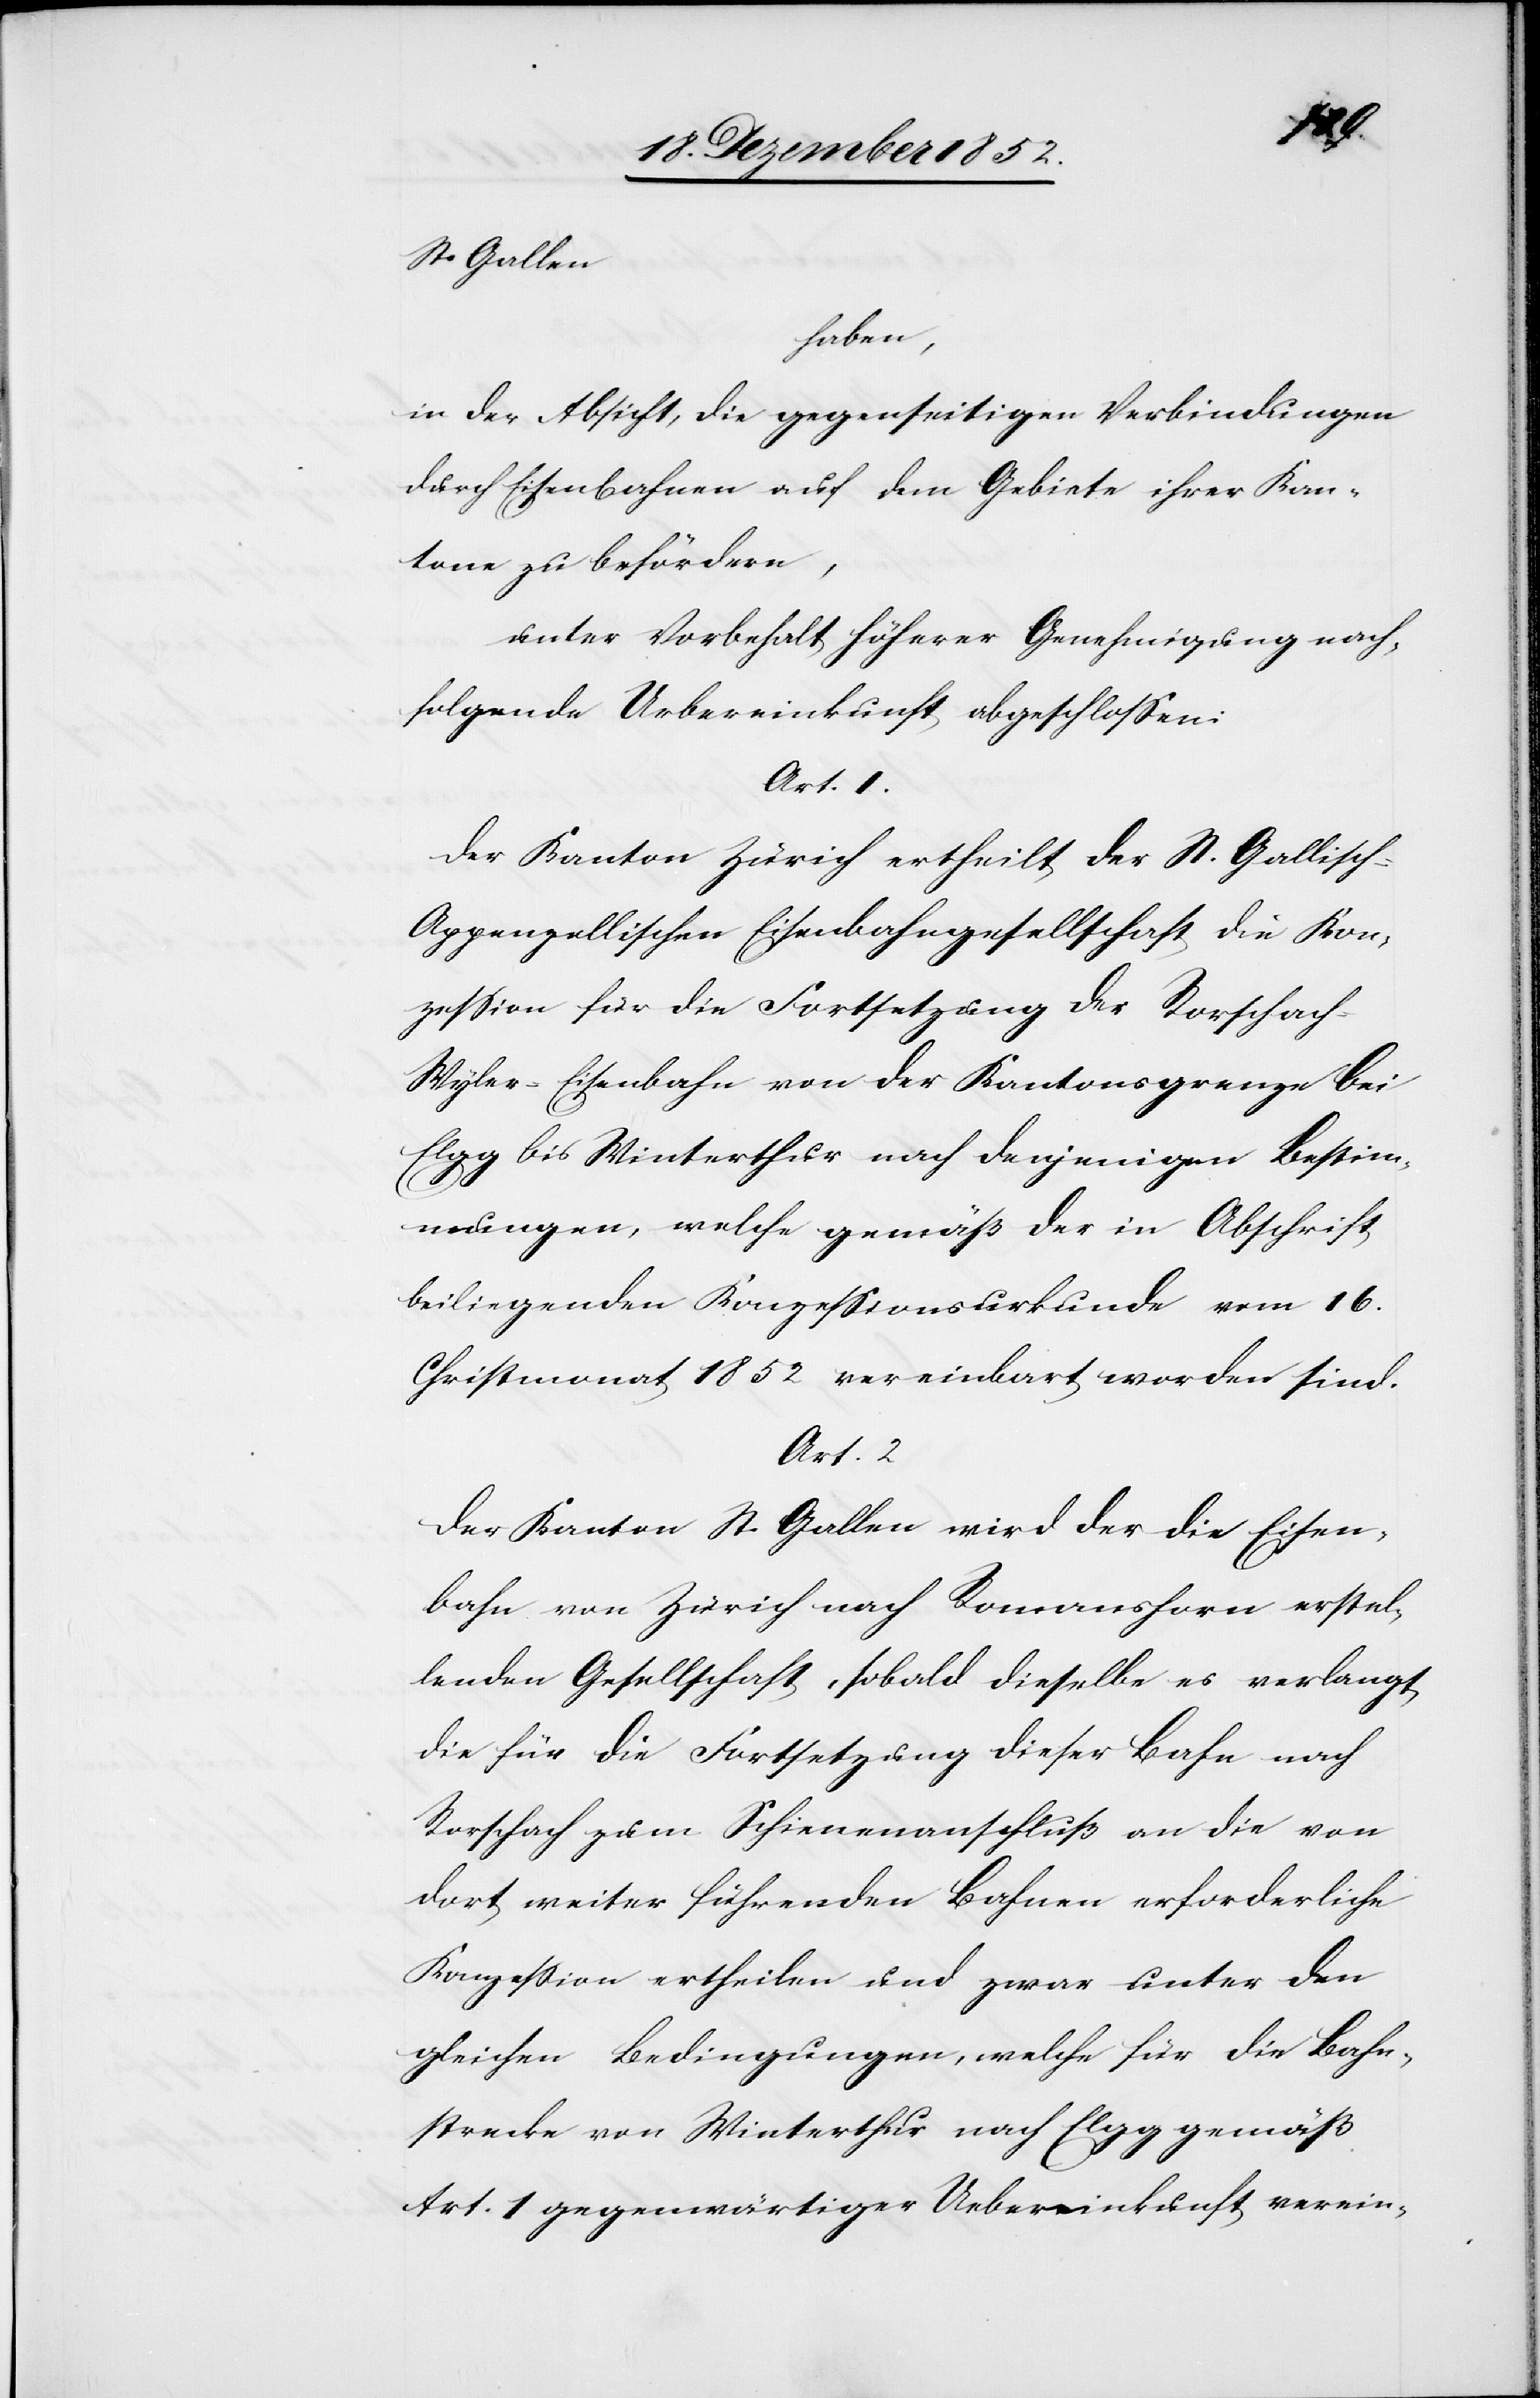
St. Gallen
haben,
in der Absicht, die gegenseitigen Verbindungen
durch Eisenbahnen auf dem Gebiete ihrer Kan¬
tone zu befördern,
unter Vorbehalt höherer Genehmigung nach¬
folgende Uebereinkunft abgeschlossen:
Art. 1.
Der Kanton Zürich ertheilt der St. Gallisch-A¬
ppenzellischen Eisenbahngesellschaft die Kon¬
zession für die Fortsetzung der Rorschac¬
h-Wyler-Eisenbahn von der Kantonsgrenze bei
Elgg bis Winterthur nach denjenigen Bestim¬
mungen, welche gemäß der in Abschrift
beiliegenden Konzessionsurkunde vom 16.
Christmonat 1852 vereinbart worden sind.
Art. 2
Der Kanton St. Gallen wird der die Eisen¬
bahn von Zürich nach Romanshorn erstel¬
lenden Gesellschaft, sobald dieselbe es verlangt
die für die Fortsetzung dieser Bahn nach
Rorschach zum Schienenanschluß an die von
dort weiter führenden Bahnen erforderliche
Konzession ertheilen und zwar unter den
gleichen Bedingungen, welche für die Bahn¬
strecke von Winterthur nach Elgg gemäß
Art. 1 gegenwärtiger Uebereinkunft verein-